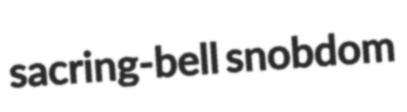
sacring-bell snobdom